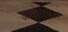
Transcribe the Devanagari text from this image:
आता।।५।।